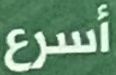
أسرع